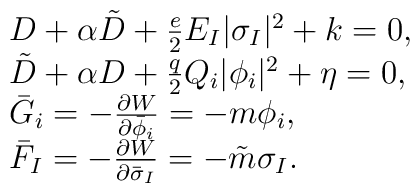
\begin{array}{ll}D + \alpha \tilde D + \frac{e}{2}E_I |\sigma_I|^2 + k =0,\\\tilde D + \alpha D + \frac{q}{2}Q_i |\phi_i|^2 + \eta =0,\\\bar G_i =- \frac{\partial W}{\partial \bar \phi_i} = -m \phi_i, \\\bar F_I  = - \frac{\partial W}{\partial \bar \sigma_I}= -\tilde m  \sigma_I.\end{array}